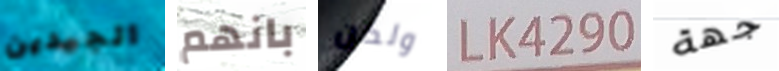
الجيدين بانهم ولكن LK4290 جهة